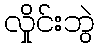
လှိုင်းဘွဲ